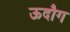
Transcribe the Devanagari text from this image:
ऊदौग